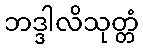
ဘဒ္ဒါလိသုတ္တံ